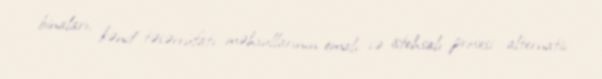
binaları, kənd təsərrüfatı məhsullarının emalı və istehsalı prosesi alternativ